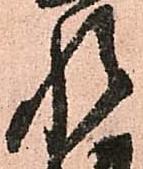
惶